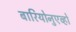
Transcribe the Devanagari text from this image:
बारियोनुएव्हो